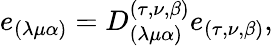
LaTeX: e_{(\lambda\mu\alpha)}=D_{(\lambda\mu\alpha)}^{(\tau,\nu,\beta)}e_{(\tau,\nu,\beta)},